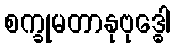
စက္ခုမတာနုဗုဒ္ဓေါ